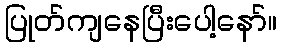
ပြုတ်ကျနေပြီးပေါ့နော်။